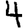
Digit: 4